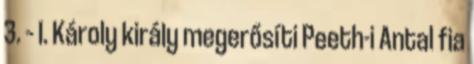
3. – I. Károly király megerősíti Peeth-i Antal fia